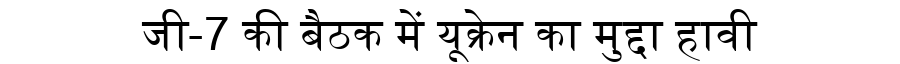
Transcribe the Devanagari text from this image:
जी-7 की बैठक में यूक्रेन का मुद्दा हावी